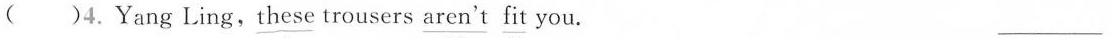
( )4. Yang Ling, \underline{these} trousers \underline{aren't} \underline{fit} you. ___